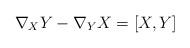
LaTeX: \begin{align*}\nabla_{X}Y-\nabla_{Y}X=[X,Y]\end{align*}